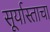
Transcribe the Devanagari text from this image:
सूर्यास्ताचा